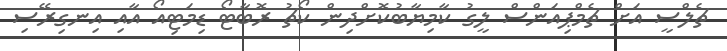
ޗެލްސީ އަށް ޗެމްޕިއަންސް ލީގު ކާމިޔާބުކޮށްދިން ކޯޗު ރޮބާޓޯ ޑިމަޓިއޯ އާއި އިނގިރޭސި